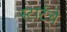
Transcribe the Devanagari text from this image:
स्टार्टचे